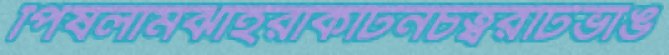
পিষলামঝাইরাকটিনচত্বরটিভাঙ